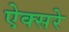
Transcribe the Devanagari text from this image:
ऐक्सरे